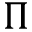
\Pi